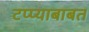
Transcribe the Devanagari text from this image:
टप्प्याबाबत